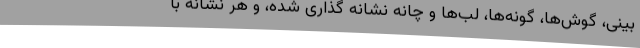
بینی، گوش‌ها، گونه‌ها، لب‌‌ها و چانه نشانه گذاری شده، و هر نشانه با